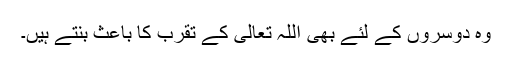
وہ دوسروں کے لئے بھی اللہ تعالیٰ کے تقرب کا باعث بنتے ہیں۔